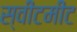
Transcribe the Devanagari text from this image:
स्वीटमीट